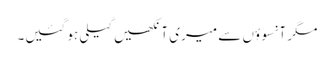
مگر آنسوؤں سے میری آنکھیں گیلی ہو گئیں۔